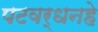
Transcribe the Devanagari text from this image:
पटवर्धनहे